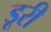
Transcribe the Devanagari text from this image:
डूरी